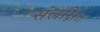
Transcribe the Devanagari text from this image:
संलक्षित